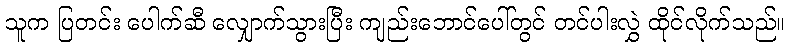
သူက ပြတင်း ပေါက်ဆီ လျှောက်သွားပြီး ကျည်းဘောင်ပေါ်တွင် တင်ပါးလွှဲ ထိုင်လိုက်သည်။